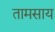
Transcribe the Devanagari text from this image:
तामसाय